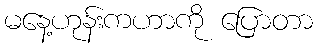
မနေ့ဟုန်းကဟာကို ပြောတာ